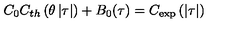
C _ { 0 } C _ { t h } \left( \theta \left| \tau \right| \right) + B _ { 0 } ( \tau ) = C _ { \exp } \left( \left| \tau \right| \right)